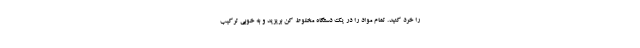
را خرد کنید. تمام مواد را در یک دستگاه مخلوط کن بریزید و به خوبی ترکیب